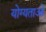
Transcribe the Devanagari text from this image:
योग्यताओ